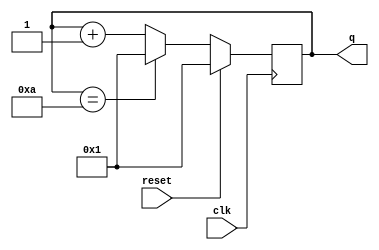
module top_module (
    input clk,
    input reset,
    output [3:0] q);
    always @(posedge clk)
        if (reset) q <= 4'd1;
    	else if (q == 4'd10) q <= 4'd1;
        else q <= q + 4'd1;
endmodule